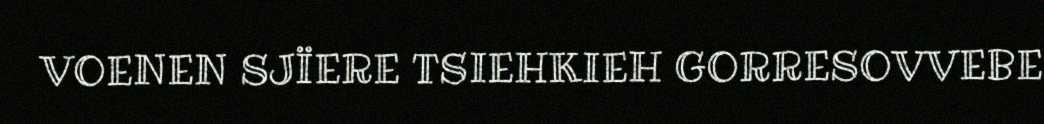
VOENEN SJÏERE TSIEHKIEH GORRESOVVEBE